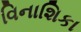
વિનાશિકા